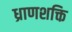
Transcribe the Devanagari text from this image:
ध्राणशक्ति